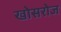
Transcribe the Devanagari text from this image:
खोसरोज